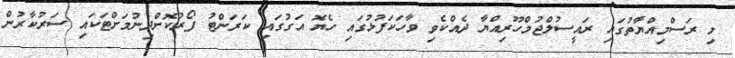
މި ރަސްމިއްޔާތުގައި ރައީސުލްޖުމްހޫރިއްޔާ ދެއްކެވި ވާހަކަފުޅުގައި ހެޔޮ އަގުގައި ކަރަންޓު ފޯރުކޮށްދިނުމަށްޓަކައި ސަރުކާރުން